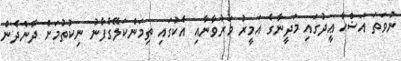
ނުވަތަ އަޟްޙާ ޢީދުގައި މަދީނާގެ އަމީރު މަރުވާނާއި އެކުގައި ތިމަންކަލޭގެފާނު ނިކުތުމަށް ދާންދެން